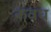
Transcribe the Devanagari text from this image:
कवध